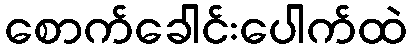
စောက်ခေါင်းပေါက်ထဲ